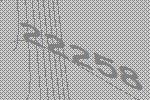
22258